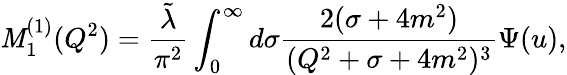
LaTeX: \mathit{M}_{1}^{(1)}(Q^{2})=\frac{{\tilde{{\lambda}}}}{{\pi^{2}}}\int_{0}^{\infty}d\sigma\frac{{2(\sigma+4m^{2})}}{{(Q^{2}+\sigma+4m^{2})^{3}}}\Psi(u),